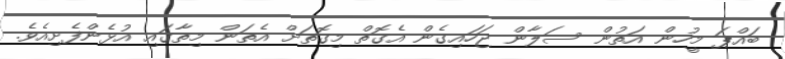
ބައްޕަ މީހުން އަތުން ސަލާން ޖަހައިގެން އެގޮތް މިގޮތަށް އެތަން މިތާގައި އުޅެންފެށިއެވެ.